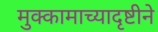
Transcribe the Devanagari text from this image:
मुक्कामाच्यादृष्टीने